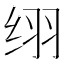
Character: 䌻